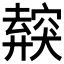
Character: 𥨜